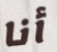
أنا